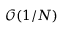
\mathcal { O } ( 1 / N )